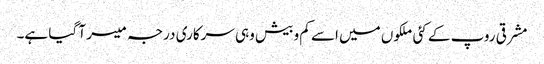
مشرقی روپ کے کئی ملکوں میں اسے کم و بیش وہی سرکاری درجہ میسر آ گیا ہے۔